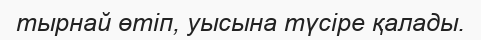
тырнай өтіп, уысына түсіре қалады.